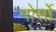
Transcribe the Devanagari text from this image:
मोर्सो